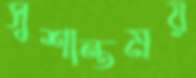
সুশান্তময়